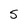
Character: 5